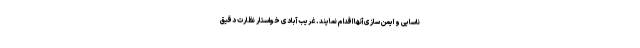
ناسایی و ایمن سازی آنها اقدام نمایند. غریب آبادی خواستار نظارت دقیق